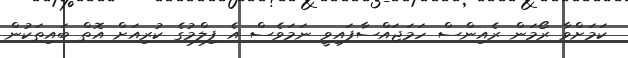
ކަމަށްވާ ރޯމަން ރެއިންސް ހަމަޖައްސާފައިވީ ނަމަވެސް އެ ފިލްމުގެ ކުރިއަށް އޮތް ބައިތަކުން